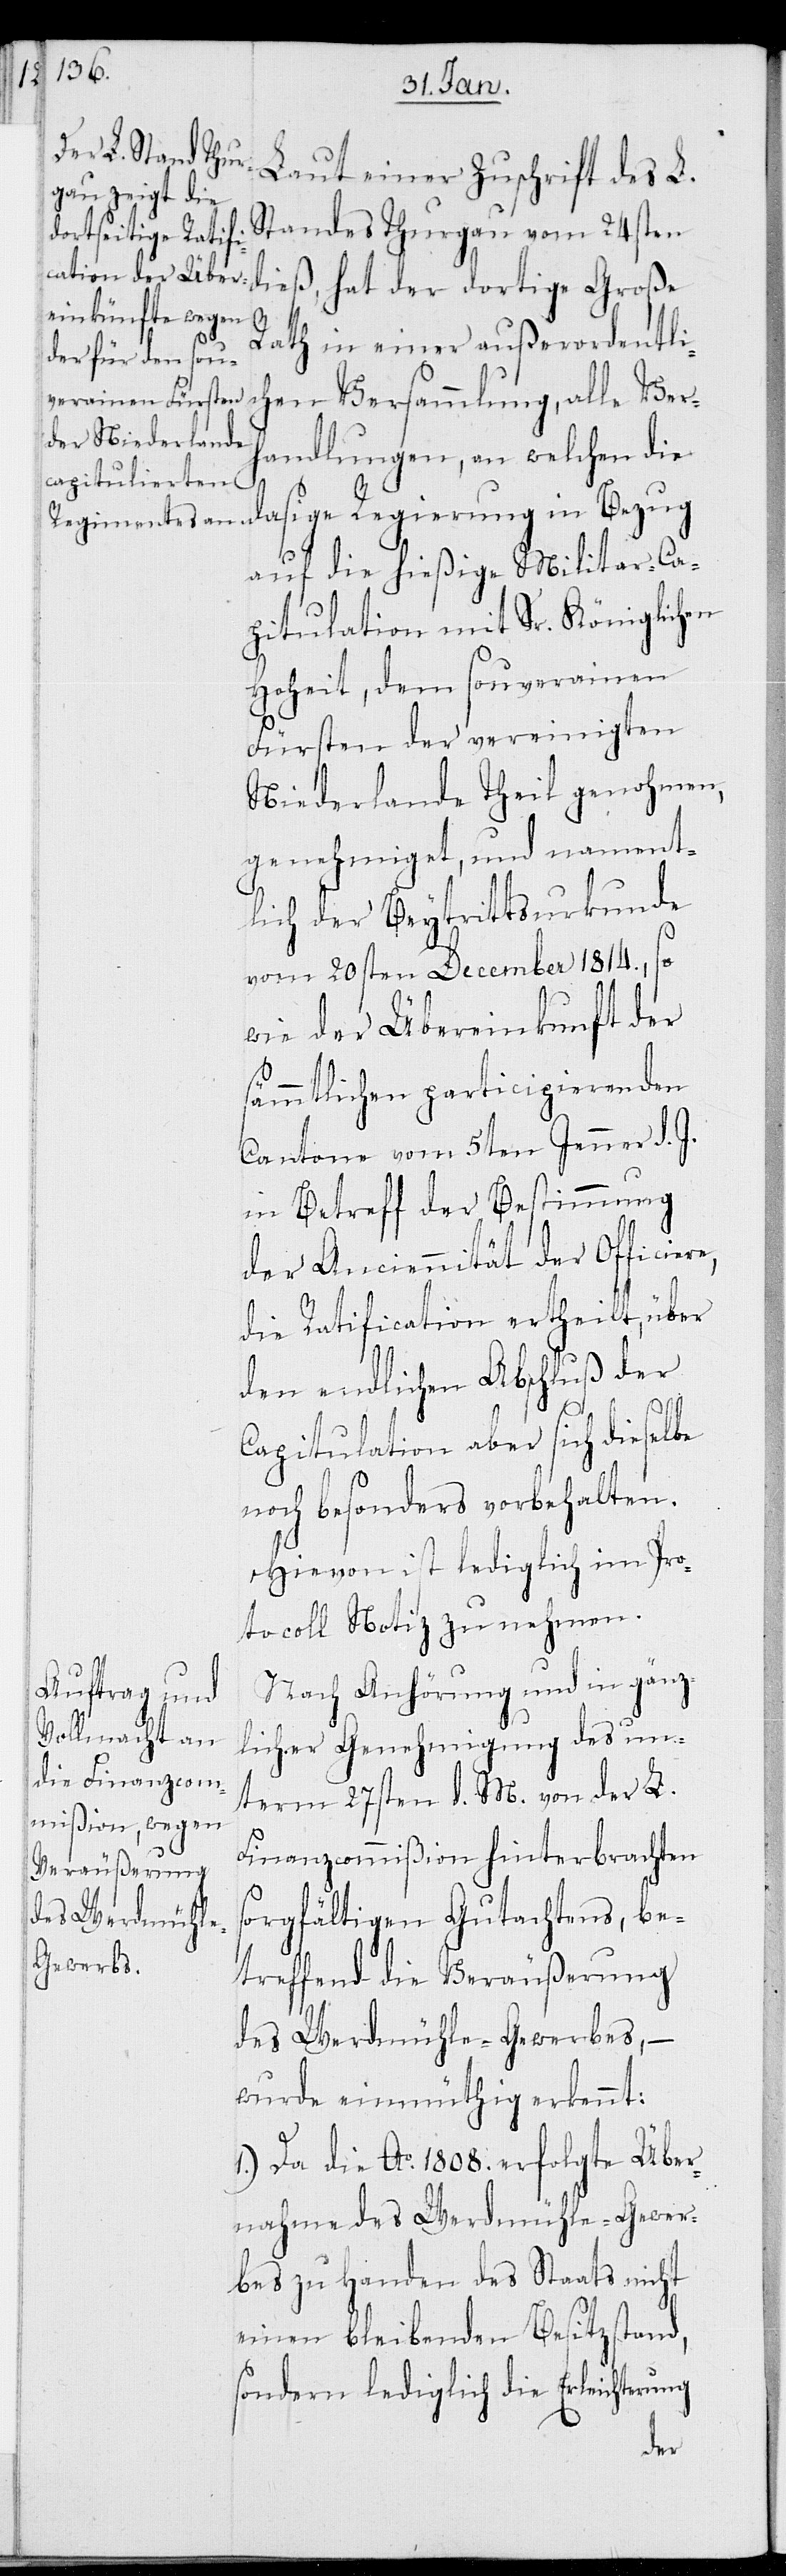
Laut einer Zuschrift des L.
Standes Thurgau vom 24sten
Rath in einer außerordentli¬
chen Versammlung, alle Ver¬
handlungen, an welchen die
dasige Regierung in Bezug
auf die hießige Militar-Ca¬
pitulation mit Sr. Königlichen
Hoheit, dem Souverainen
Fürsten der vereinigten
Niederlande Theil genohmen,
genehmiget, und nament¬
lich der Beytrittsurkunde
vom 20sten December 1814., so
wie der Übereinkunft der
sämmtlichen participierenden
Cantone vom 5ten Jenner d. J.
in Betreff der Bestimmung
der Anciennität der Officie¬
die Ratification ertheilt, über
den endlichen Abschluß der
Capitulation aber sich dieselbe
noch besonders vorbehalten.
Hievon ist lediglich im Pro¬
tocoll Notiz zu nehmen.
Nach Anhörung und in gänz¬
licher Genehmigung des un¬
term 27sten d. M. von der L.
Finanzcommißion hinterbrachten
sorgfältigen Gutachtens, be¬
treffend die Veräußerung
des Werdmühle-Gewerbes, –
wurde einmüthig erkennt:
1.) Da die Ao. 1808. erfolgte Über¬
nahme des Werdmühle-Gewer¬
bes zu Handen des Staats nicht
einen bleibenden Besitzstand,
sondern lediglich die Erleichterung
re,